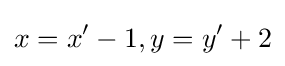
x=x'-1,y=y'+2